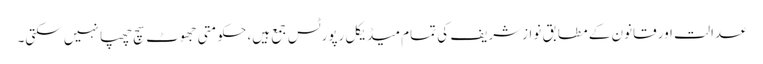
عدالت اور قانون کے مطابق نوازشریف کی تمام میڈیکل رپورٹس جمع ہیں، حکومتی جھوٹ سچ چھپا نہیں سکتی۔